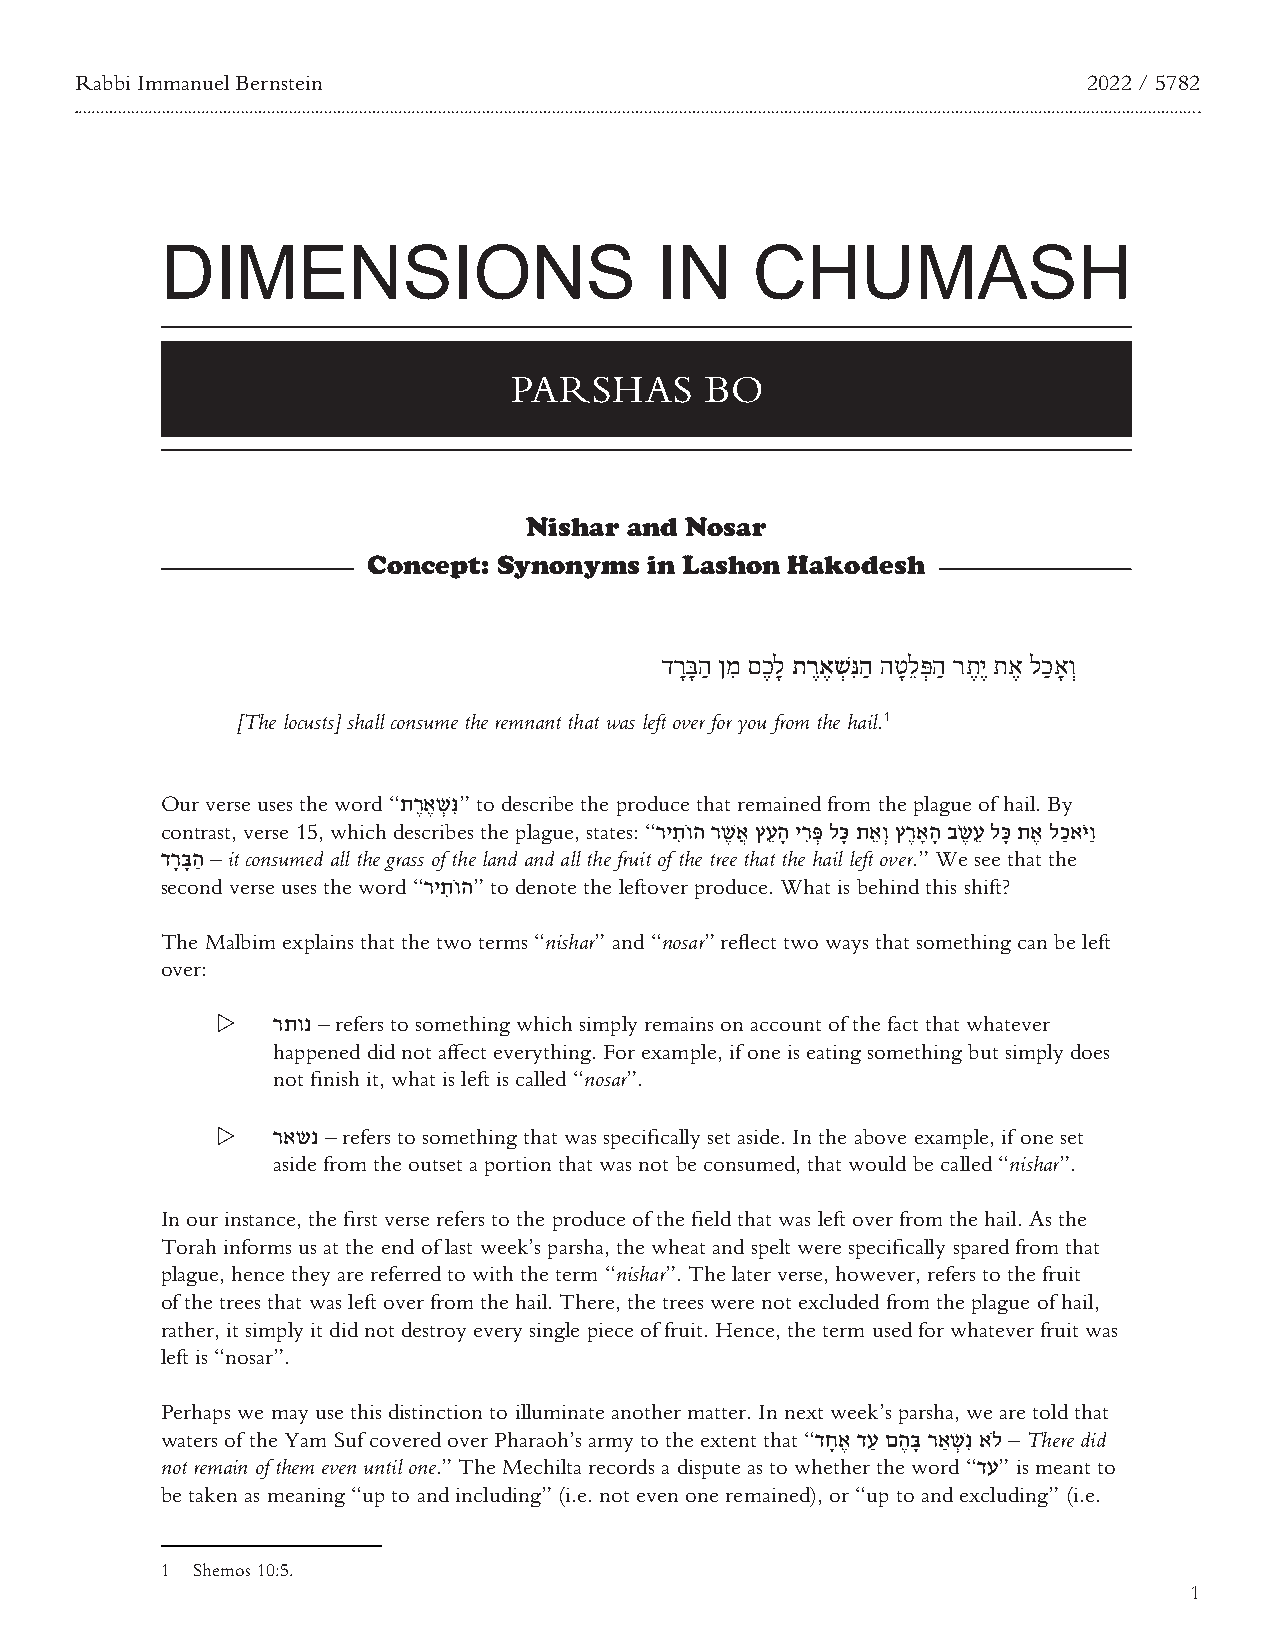
Rabbi Immanuel Bernstein                                           2022 / 5782
 DIMENSIONS                      IN     CHUMASH
 PARSHAS      BO
 NNiisshhaarr aanndd NNoossaarr
 CCoonncceepptt:: SSyynnoonnyymmss iinn LLaasshhoonn HHaakkooddeesshh
 דרָבָ הַ ןמִ םכֶ לָ תרֶאֶ שְ נִהַ הטָ לֵ פְ הַ רתֶ יֶ תאֶ לכַ אָ וְ
 [The locusts] shall consume the remnant that was left over for you from the hail.1
 Our verse uses the word “תרֶ אֶ שְׁ נִּ” to describe the produce that remained from the plague of hail. By
 contrast, verse 15, which describes the plague, states: “ריתִ ֹוה רשֶׁ אֲ ץעֵ הָ ירִפְּ לכָּ תאֵ וְ ץרֶ אָהָ בׂשֶ עֵ לכָּ תאֶ לכַ אֹיּוַ
 דרָ בָּ הַ – it consumed all the grass of the land and all the fruit of the tree that the hail left over.” We see that the
 second verse uses the word “ריתִ ֹוה” to denote the leftover produce. What is behind this shift?
 The Malbim explains that the two terms “nishar” and “nosar” reflect two ways that something can be left
 over:
 Z   רתונ – refers to something which simply remains on account of the fact that whatever
 happened did not affect everything. For example, if one is eating something but simply does
 not finish it, what is left is called “nosar”.
 Z   ראשנ – refers to something that was specifically set aside. In the above example, if one set
 aside from the outset a portion that was not be consumed, that would be called “nishar”.
 In our instance, the first verse refers to the produce of the field that was left over from the hail. As the
 Torah informs us at the end of last week’s parsha, the wheat and spelt were specifically spared from that
 plague, hence they are referred to with the term “nishar”. The later verse, however, refers to the fruit
 of the trees that was left over from the hail. There, the trees were not excluded from the plague of hail,
 rather, it simply it did not destroy every single piece of fruit. Hence, the term used for whatever fruit was
 left is “nosar”.
 Perhaps we may use this distinction to illuminate another matter. In next week’s parsha, we are told that
 waters of the Yam Suf covered over Pharaoh’s army to the extent that “דחָ אֶ דעַ םהֶ בָּ ראַשְׁ נִ אלֹ – There did
 not remain of them even until one.” The Mechilta records a dispute as to whether the word “דע” is meant to
 be taken as meaning “up to and including” (i.e. not even one remained), or “up to and excluding” (i.e.
 1 Shemos 10:5.
 1